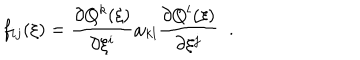
f _ { i j } ( \xi ) = \frac { \partial Q ^ { k } ( \xi ) } { \partial \xi ^ { i } } \omega _ { k l } \frac { \partial Q ^ { l } ( \xi ) } { \partial \xi ^ { j } } \; \; .